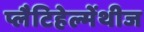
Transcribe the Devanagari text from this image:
प्लैटिहेल्मेंथीज